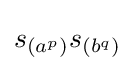
s_{(a^{p})}s_{(b^{q})}